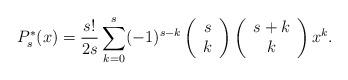
LaTeX: \begin{align*}P_{s}^{*}(x)=\frac{s!}{2s}\displaystyle \sum_{k=0}^{s}(-1)^{s-k}\left(\begin{array}{c}s\\k\end{array}\right)\left(\begin{array}{c}s+k\\k\end{array}\right)x^{k}.\end{align*}